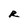
Character: R